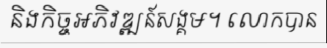
និងកិច្ចអភិវឌ្ឍន៍សង្គម។ លោកបាន